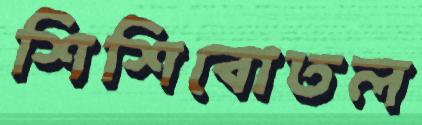
শিশিবোতল